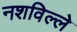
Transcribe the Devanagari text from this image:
नशविल्ले